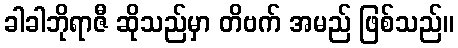
ခါခါဘိုရာဇီ ဆိုသည်မှာ တိဗက် အမည် ဖြစ်သည်။